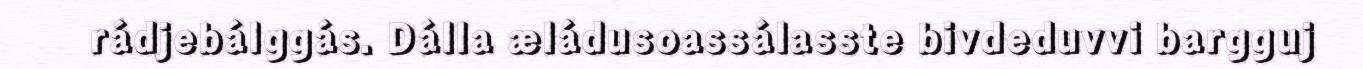
rádjebálggás. Dálla æládusoassálasste bivdeduvvi bargguj